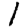
Digit: 1